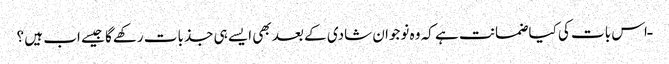
ـ اس بات کی کیا ضمانت ہے کہ وہ نوجوان شادی کے بعد بھی ایسے ہی جذبات رکھےگا جیسے اب ہیں ؟